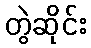
တွဲဆိုင်း